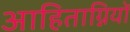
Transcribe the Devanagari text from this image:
आहिताग्नियों